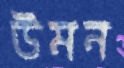
উমন